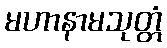
မဟာနာမသုတ္တံ